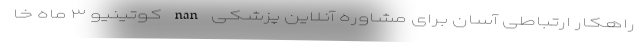
راهکار ارتباطی آسان برای مشاوره آنلاین پزشکی nan کوتینیو ۳ ماه خا